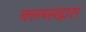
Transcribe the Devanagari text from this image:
क्लब्सद्वारा